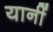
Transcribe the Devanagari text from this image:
यानीं